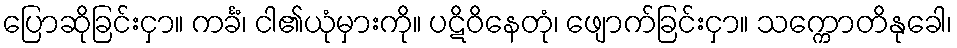
ပြောဆိုခြင်းငှာ။ ကင်္ခံ၊ ငါ၏ယုံမှားကို။ ပဋိဝိနေတုံ၊ ဖျောက်ခြင်းငှာ။ သက္ကောတိနုခေါ၊